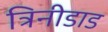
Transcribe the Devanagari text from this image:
त्रिनीडाड